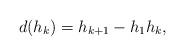
LaTeX: \begin{align*}d(h_k)=h_{k+1}-h_1h_k,\end{align*}